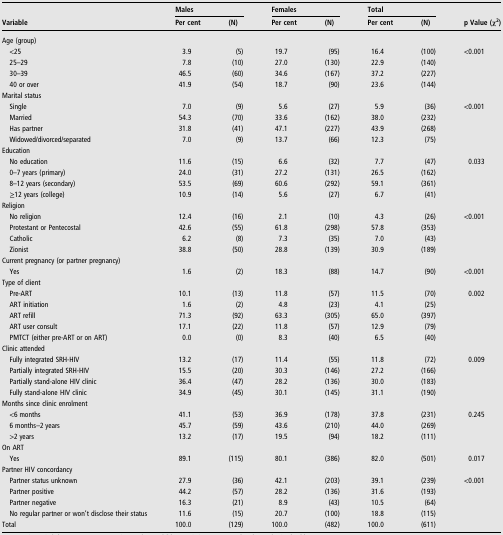
<table><thead><tr><td rowspan="2"><b>Variable</b></td><td colspan="2"><b>Males</b></td><td colspan="2"><b>Females</b></td><td colspan="2"><b>Total</b></td><td rowspan="2"><b>p Value (χ<sup>2</sup>)</b></td></tr><tr><td><b>Per cent</b></td><td><b>(N)</b></td><td><b>Per cent</b></td><td><b>(N)</b></td><td><b>Per cent</b></td><td><b>(N)</b></td></tr></thead><tbody><tr><td>Age (group)</td><td></td><td></td><td></td><td></td><td></td><td></td><td></td></tr><tr><td> &lt;25</td><td>3.9</td><td>(5)</td><td>19.7</td><td>(95)</td><td>16.4</td><td>(100)</td><td>&lt;0.001</td></tr><tr><td> 25–29</td><td>7.8</td><td>(10)</td><td>27.0</td><td>(130)</td><td>22.9</td><td>(140)</td><td></td></tr><tr><td> 30–39</td><td>46.5</td><td>(60)</td><td>34.6</td><td>(167)</td><td>37.2</td><td>(227)</td><td></td></tr><tr><td> 40 or over</td><td>41.9</td><td>(54)</td><td>18.7</td><td>(90)</td><td>23.6</td><td>(144)</td><td></td></tr><tr><td>Marital status</td><td></td><td></td><td></td><td></td><td></td><td></td><td></td></tr><tr><td> Single</td><td>7.0</td><td>(9)</td><td>5.6</td><td>(27)</td><td>5.9</td><td>(36)</td><td>&lt;0.001</td></tr><tr><td> Married</td><td>54.3</td><td>(70)</td><td>33.6</td><td>(162)</td><td>38.0</td><td>(232)</td><td></td></tr><tr><td> Has partner</td><td>31.8</td><td>(41)</td><td>47.1</td><td>(227)</td><td>43.9</td><td>(268)</td><td></td></tr><tr><td> Widowed/divorced/separated</td><td>7.0</td><td>(9)</td><td>13.7</td><td>(66)</td><td>12.3</td><td>(75)</td><td></td></tr><tr><td>Education</td><td></td><td></td><td></td><td></td><td></td><td></td><td></td></tr><tr><td> No education</td><td>11.6</td><td>(15)</td><td>6.6</td><td>(32)</td><td>7.7</td><td>(47)</td><td>0.033</td></tr><tr><td> 0–7 years (primary)</td><td>24.0</td><td>(31)</td><td>27.2</td><td>(131)</td><td>26.5</td><td>(162)</td><td></td></tr><tr><td> 8–12 years (secondary)</td><td>53.5</td><td>(69)</td><td>60.6</td><td>(292)</td><td>59.1</td><td>(361)</td><td></td></tr><tr><td> ≥12 years (college)</td><td>10.9</td><td>(14)</td><td>5.6</td><td>(27)</td><td>6.7</td><td>(41)</td><td></td></tr><tr><td>Religion</td><td></td><td></td><td></td><td></td><td></td><td></td><td></td></tr><tr><td> No religion</td><td>12.4</td><td>(16)</td><td>2.1</td><td>(10)</td><td>4.3</td><td>(26)</td><td>&lt;0.001</td></tr><tr><td> Protestant or Pentecostal</td><td>42.6</td><td>(55)</td><td>61.8</td><td>(298)</td><td>57.8</td><td>(353)</td><td></td></tr><tr><td> Catholic</td><td>6.2</td><td>(8)</td><td>7.3</td><td>(35)</td><td>7.0</td><td>(43)</td><td></td></tr><tr><td> Zionist</td><td>38.8</td><td>(50)</td><td>28.8</td><td>(139)</td><td>30.9</td><td>(189)</td><td></td></tr><tr><td>Current pregnancy (or partner pregnancy)</td><td></td><td></td><td></td><td></td><td></td><td></td><td></td></tr><tr><td> Yes</td><td>1.6</td><td>(2)</td><td>18.3</td><td>(88)</td><td>14.7</td><td>(90)</td><td>&lt;0.001</td></tr><tr><td>Type of client</td><td></td><td></td><td></td><td></td><td></td><td></td><td></td></tr><tr><td> Pre-ART</td><td>10.1</td><td>(13)</td><td>11.8</td><td>(57)</td><td>11.5</td><td>(70)</td><td>0.002</td></tr><tr><td> ART initiation</td><td>1.6</td><td>(2)</td><td>4.8</td><td>(23)</td><td>4.1</td><td>(25)</td><td></td></tr><tr><td> ART refill</td><td>71.3</td><td>(92)</td><td>63.3</td><td>(305)</td><td>65.0</td><td>(397)</td><td></td></tr><tr><td> ART user consult</td><td>17.1</td><td>(22)</td><td>11.8</td><td>(57)</td><td>12.9</td><td>(79)</td><td></td></tr><tr><td> PMTCT (either pre-ART or on ART)</td><td>0.0</td><td>(0)</td><td>8.3</td><td>(40)</td><td>6.5</td><td>(40)</td><td></td></tr><tr><td>Clinic attended</td><td></td><td></td><td></td><td></td><td></td><td></td><td></td></tr><tr><td> Fully integrated SRH-HIV</td><td>13.2</td><td>(17)</td><td>11.4</td><td>(55)</td><td>11.8</td><td>(72)</td><td>0.009</td></tr><tr><td> Partially integrated SRH-HIV</td><td>15.5</td><td>(20)</td><td>30.3</td><td>(146)</td><td>27.2</td><td>(166)</td><td></td></tr><tr><td> Partially stand-alone HIV clinic</td><td>36.4</td><td>(47)</td><td>28.2</td><td>(136)</td><td>30.0</td><td>(183)</td><td></td></tr><tr><td> Fully stand-alone HIV clinic</td><td>34.9</td><td>(45)</td><td>30.1</td><td>(145)</td><td>31.1</td><td>(190)</td><td></td></tr><tr><td>Months since clinic enrolment</td><td></td><td></td><td></td><td></td><td></td><td></td><td></td></tr><tr><td> &lt;6 months</td><td>41.1</td><td>(53)</td><td>36.9</td><td>(178)</td><td>37.8</td><td>(231)</td><td>0.245</td></tr><tr><td> 6 months–2 years</td><td>45.7</td><td>(59)</td><td>43.6</td><td>(210)</td><td>44.0</td><td>(269)</td><td></td></tr><tr><td> &gt;2 years</td><td>13.2</td><td>(17)</td><td>19.5</td><td>(94)</td><td>18.2</td><td>(111)</td><td></td></tr><tr><td>On ART</td><td></td><td></td><td></td><td></td><td></td><td></td><td></td></tr><tr><td> Yes</td><td>89.1</td><td>(115)</td><td>80.1</td><td>(386)</td><td>82.0</td><td>(501)</td><td>0.017</td></tr><tr><td>Partner HIV concordancy</td><td></td><td></td><td></td><td></td><td></td><td></td><td></td></tr><tr><td> Partner status unknown</td><td>27.9</td><td>(36)</td><td>42.1</td><td>(203)</td><td>39.1</td><td>(239)</td><td>&lt;0.001</td></tr><tr><td> Partner positive</td><td>44.2</td><td>(57)</td><td>28.2</td><td>(136)</td><td>31.6</td><td>(193)</td><td></td></tr><tr><td> Partner negative</td><td>16.3</td><td>(21)</td><td>8.9</td><td>(43)</td><td>10.5</td><td>(64)</td><td></td></tr><tr><td> No regular partner or won&#x27;t disclose their status</td><td>11.6</td><td>(15)</td><td>20.7</td><td>(100)</td><td>18.8</td><td>(115)</td><td></td></tr><tr><td>Total</td><td>100.0</td><td>(129)</td><td>100.0</td><td>(482)</td><td>100.0</td><td>(611)</td><td></td></tr></tbody></table>